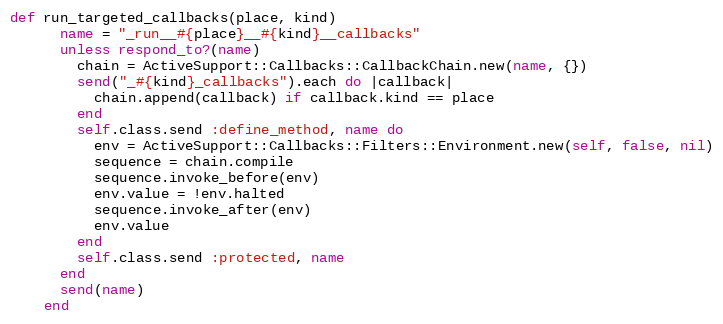
Language: Ruby
def run_targeted_callbacks(place, kind)
      name = "_run__#{place}__#{kind}__callbacks"
      unless respond_to?(name)
        chain = ActiveSupport::Callbacks::CallbackChain.new(name, {})
        send("_#{kind}_callbacks").each do |callback|
          chain.append(callback) if callback.kind == place
        end
        self.class.send :define_method, name do
          env = ActiveSupport::Callbacks::Filters::Environment.new(self, false, nil)
          sequence = chain.compile
          sequence.invoke_before(env)
          env.value = !env.halted
          sequence.invoke_after(env)
          env.value
        end
        self.class.send :protected, name
      end
      send(name)
    end